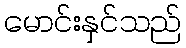
မောင်းနှင်သည်